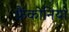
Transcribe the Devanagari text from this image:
फ्रैंकोनिया